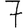
Digit: 7